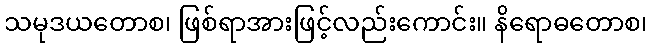
သမုဒယတောစ၊ ဖြစ်ရာအားဖြင့်လည်းကောင်း။ နိရောဓတောစ၊